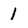
Character: I